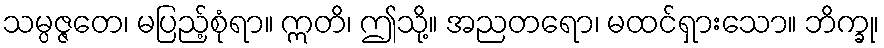
သမ္ပဇ္ဇတေ၊ မပြည့်စုံရာ။ ဣတိ၊ ဤသို့။ အညတရော၊ မထင်ရှားသော။ ဘိက္ခု၊